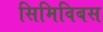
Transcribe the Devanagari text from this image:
सिमिविबस